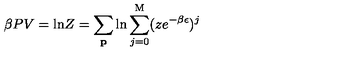
\beta P V = \mathrm { l n } Z = \sum _ { \bf p } \mathrm { l n } \sum _ { j = 0 } ^ { \mathrm { M } } ( z e ^ { - \beta \epsilon } ) ^ { j }